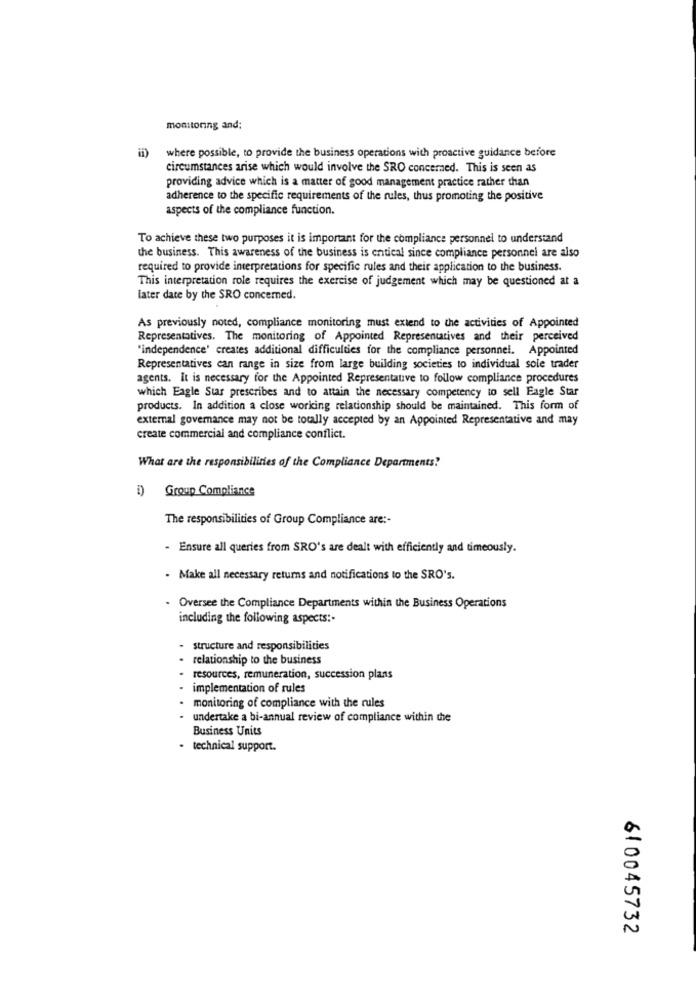
monitoring and;
where possible, to provide the business operations with proactive guidance before
circumstances arise which would involve the SRO concerned. This is seen as
providing advice which is a matter of good management practice rather than
adherence to the specific requirements of the rules, thus promoting the positive
aspects of the compliance function.
To achieve these two purposes it is important for the compliance personnel to understand
the business. This awareness of the business is entical since compliance personnel are also
required to provide interpretations for specific rules and their application to the business.
This interpretation role requires the exercise of judgement which may be questioned at a
later date by the SRO concerned.
As previously noted, compliance monitoring must extend to the activities of Appointed
Representatives. The monitoring of Appointed Representatives and their perceived
"independence' creates additional difficulties for the compliance personnel. Appointed
Representatives can range in size from large building societies to individual sole trader
agents. It is necessary for the Appointed Representative to follow compliance procedures
which Eagle Star prescribes and to attain the necessary competency to sell Eagle Star
products. In addition a close working relationship should be maintained. This form of
external governance may not be totally accepted by an Appointed Representative and may
create commercial and compliance conflict.
What are the responsibilities of the Compliance Departments!
i) Group Compliance
The responsibilities of Group Compliance are :-
- Ensure all queries from SRO's are dealt with efficiently and timeously.
. Make all necessary returns and notifications to the SRO's.
- Oversee the Compliance Departments within the Business Operations
including the following aspects :.
-
structure and responsibilities
relationship to the business
resources, remuneration, succession plans
implementation of rules
monitoring of compliance with the rules
undertake a bi-annual review of compliance within the
Business Units
technical support.
610045732